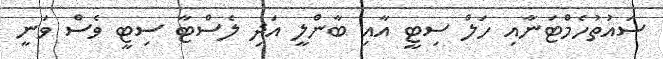
ސައުތުހެމްޓަނާއި ހަލް ސިޓީ އާއި ބާންލީ އަދި ލެސްޓާ ސިޓީ ވެސް ވަނީ